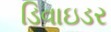
ડિવાઇડર